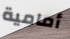
أمامية